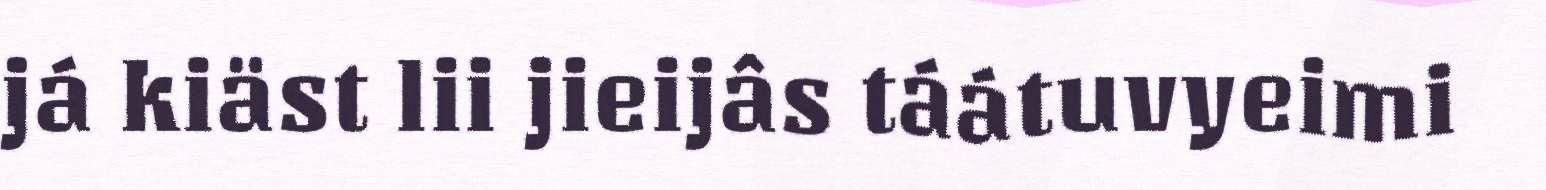
já kiäst lii jieijâs táátuvyeimi